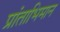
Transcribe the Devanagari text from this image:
प्रांताभिमान